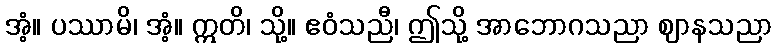
အံ့။ ပဿာမိ၊ အံ့။ ဣတိ၊ သို့။ ဧဝံသညီ၊ ဤသို့ အာဘောဂသညာ ဈာနသညာ